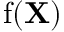
\operatorname { f } ( \mathbf { X } )